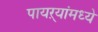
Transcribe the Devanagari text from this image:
पायऱ्यांमध्ये